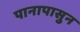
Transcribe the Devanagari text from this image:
पानापासुन